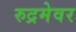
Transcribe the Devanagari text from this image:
रुद्रमेवर